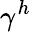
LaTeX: \gamma^{h}